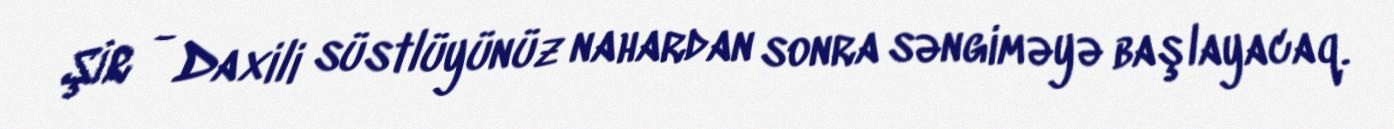
ŞİR - Daxili süstlüyünüz nahardan sonra səngiməyə başlayacaq.